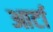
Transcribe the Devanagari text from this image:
आर्टा